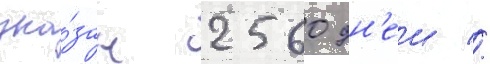
ука́зан 2560 дн'еи //